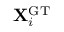
{ \bf X } _ { i } ^ { \mathrm { G T } }